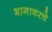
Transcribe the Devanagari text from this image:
भागावरचे